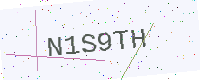
Text: N1S9TH